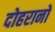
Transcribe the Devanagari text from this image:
दोहरानों